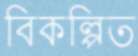
বিকল্পিত